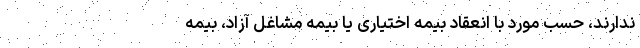
ندارند، حسب مورد با انعقاد بیمه اختیاری یا بیمه مشاغل آزاد، بیمه‌